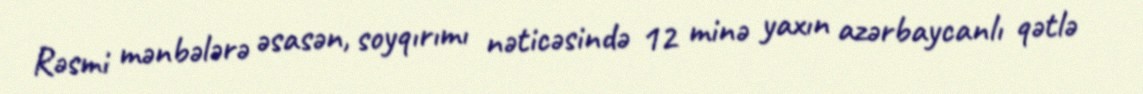
Rəsmi mənbələrə əsasən, soyqırımı nəticəsində 12 minə yaxın azərbaycanlı qətlə